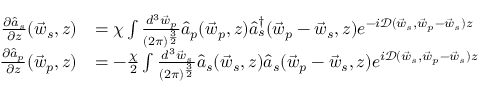
\begin{array} { r l } { \frac { \partial \hat { a } _ { s } } { \partial z } ( \vec { w } _ { s } , z ) } & { = \chi \int \frac { d ^ { 3 } \vec { w } _ { p } } { ( 2 \pi ) ^ { \frac { 3 } { 2 } } } \hat { a } _ { p } ( \vec { w } _ { p } , z ) \hat { a } _ { s } ^ { \dagger } ( \vec { w } _ { p } - \vec { w } _ { s } , z ) e ^ { - i \mathcal D ( \vec { w } _ { s } , \vec { w } _ { p } - \vec { w } _ { s } ) z } } \\ { \frac { \partial \hat { a } _ { p } } { \partial z } ( \vec { w } _ { p } , z ) } & { = - \frac { \chi } { 2 } \int \frac { d ^ { 3 } \vec { w } _ { s } } { ( 2 \pi ) ^ { \frac { 3 } { 2 } } } \hat { a } _ { s } ( \vec { w } _ { s } , z ) \hat { a } _ { s } ( \vec { w } _ { p } - \vec { w } _ { s } , z ) e ^ { i \mathcal D ( \vec { w } _ { s } , \vec { w } _ { p } - \vec { w } _ { s } ) z } } \end{array}